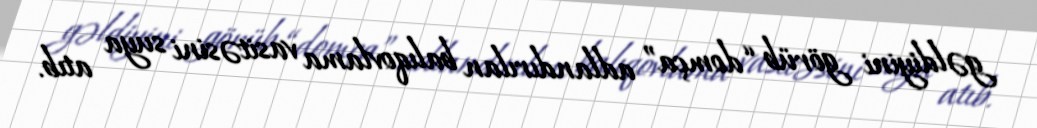
gəldiyini görüb “domça” adlandırılan balıqovlama vasitəsini suya atıb.